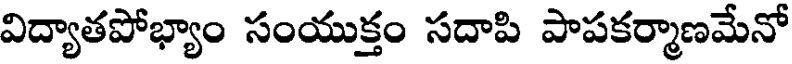
విద్యాతపోభ్యాం సంయుక్తం సదాపి పాపకర్మాణమేనో